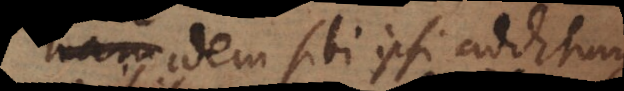
idem sibi ipsi additum